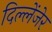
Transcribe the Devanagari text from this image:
दिल्लेंजेर